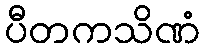
ပီတကသိဏံ